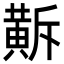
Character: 𪎺